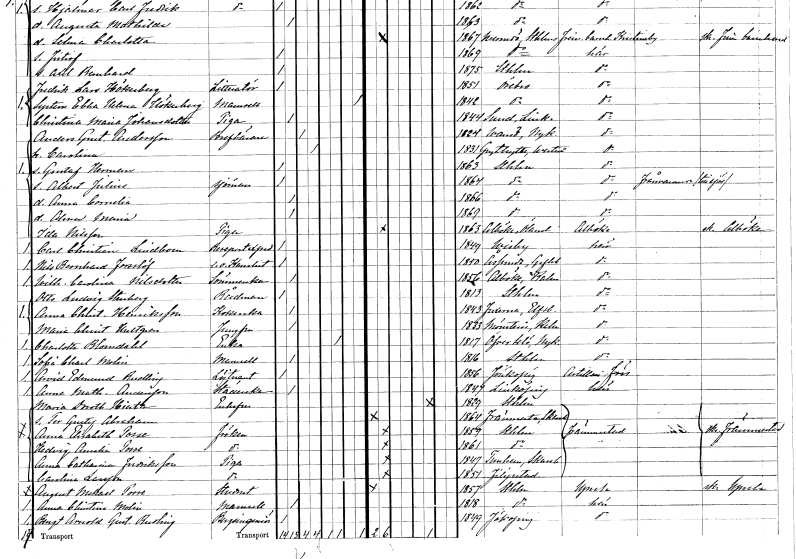
gt_parse: households: individuals: FN: Anders Gustaf
EN: Andersson
YRKE: Brevbärare
KON: M
CIV: G
FODAR: 1824
FODFORS: Vansö Södermanlands län
FN: Carolina
KON: K
CIV: G
FODAR: 1831
FODFORS: Grythyttan Örebro län
FN: Gustaf Herman
KON: M
CIV: O
FODAR: 1863
FODFORS: Stockholm
FN: Albert Julius
YRKE: Sjöman
KON: M
CIV: O
FODAR: 1864
FODFORS: Stockholm
FN: Anna Cornelia
KON: K
CIV: O
FODAR: 1866
FODFORS: Stockholm
FN: Alma Maria
KON: K
CIV: O
FODAR: 1869
FODFORS: Stockholm
FN: Ida
EN: Nilsson
YRKE: Piga
KON: K
CIV: O
FODAR: 1863
FODFORS: Alböke Kalmar län
FN: Carl Christian
EN: Lindbom
YRKE: Resepostexpeditör
KON: M
CIV: O
FODAR: 1849
FODFORS: Visby Gotlands län
FN: Nils Bernhard
EN: Forsslöf
YRKE: Kanslist e.o.
KON: M
CIV: O
FODAR: 1850
FODFORS: Årsunda Gävleborgs län
FN: Wilhelmina Carolina
EN: Nilsdotter
YRKE: Sömmerska
KON: K
CIV: O
FODAR: 1856
FODFORS: Alböke Kalmar län
FN: Otto Ludvig
EN: Stenberg
YRKE: Rådman
KON: M
CIV: O
FODAR: 1813
FODFORS: Stockholm
FN: Anna Christina
EN: Henriksson
YRKE: Kokerska
KON: K
CIV: O
FODAR: 1843
FODFORS: Fuxerna Älvsborgs län
FN: Maria Christina
EN: Hultgren
YRKE: Jungfru
KON: K
CIV: O
FODAR: 1833
FODFORS: Mönsterås Kalmar län
FN: Charlotta
EN: Blomdahl
YRKE: Änka
KON: K
CIV: E
FODAR: 1817
FODFORS: Överselö Södermanlands län
FN: Sofia Charlotta
EN: Molin
KON: K
CIV: O
FODAR: 1816
FODFORS: Stockholm
FN: Arvid Edmund
EN: Rudling
YRKE: Löjtnant
KON: M
CIV: O
FODAR: 1856
FODFORS: Jönköping Jönköpings län
FN: Anna Mathilda
EN: Andersson
YRKE: Städerska
KON: K
CIV: O
FODAR: 1847
FODFORS: Linköping Östergötlands län
FN: Maria Dorothea
EN: Hierta
KON: K
CIV: E
FODAR: 1829
FODFORS: Stockholm
FN: Per Gustaf Abraham
KON: M
CIV: O
FODAR: 1864
FODFORS: Främmestad Skaraborgs län
FN: Anna Elisabet
EN: Posse
KON: K
CIV: O
FODAR: 1859
FODFORS: Stockholm
FN: Hedvig Amalia
EN: Posse
KON: K
CIV: O
FODAR: 1861
FODFORS: Stockholm
FN: Anna Catharina
EN: Fredriksson
YRKE: Piga
KON: K
CIV: O
FODAR: 1847
FODFORS: Östra Tunhem Skaraborgs län
FN: Carolina
EN: Larsson
YRKE: Piga
KON: K
CIV: O
FODAR: 1851
FODFORS: Filipstad Värmlands län
FN: August Mikael
EN: Posse
YRKE: Student
KON: M
CIV: O
FODAR: 1857
FODFORS: Stockholm
FN: Anna Christina
EN: Molin
KON: K
CIV: O
FODAR: 1818
FODFORS: Stockholm
FN: Bengt Arnold Gustaf
EN: Rudling
YRKE: Bergsingenjör
KON: M
CIV: O
FODAR: 1849
FODFORS: Jönköping Jönköpings län